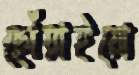
ছোঁয়াইয়ো